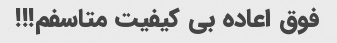
فوق اعاده بی کیفیت متاسفم!!!